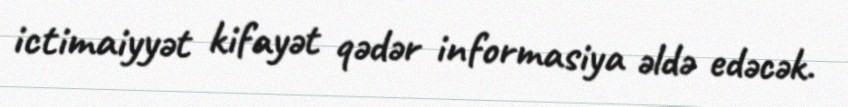
ictimaiyyət kifayət qədər informasiya əldə edəcək.